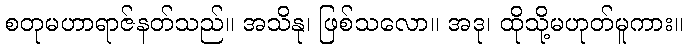
စတုမဟာရာဇ်နတ်သည်။ အသိနု၊ ဖြစ်သလော။ အဒု၊ ထိုသို့မဟုတ်မူကား။